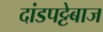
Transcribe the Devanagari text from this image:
दांडपट्टेबाज